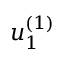
u _ { 1 } ^ { ( 1 ) }